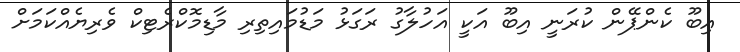
އިބޫ ކެންޕޭން ކުރަނީ އިބޫ އަކީ އަހުލާގު ރަގަޅު މަޑުމައިތިރި މާޑިމޮކްރެޓިކް ވެރިޔެއްކަމަށް